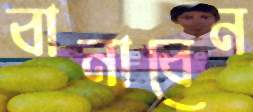
বানাবেন